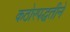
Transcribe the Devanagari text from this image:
कठोरपद्धतीने